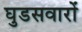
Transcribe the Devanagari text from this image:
घुडसवारों